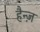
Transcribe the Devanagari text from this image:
हैन्ज़